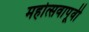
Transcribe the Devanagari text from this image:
महोत्सवापूर्वी